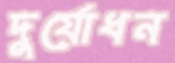
দুর্যোধন